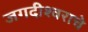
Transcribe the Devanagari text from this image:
जगदीश्वराचे